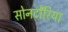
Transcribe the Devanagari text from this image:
सोनटोँरिया